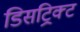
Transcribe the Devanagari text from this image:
डिसट्रिक्ट